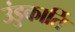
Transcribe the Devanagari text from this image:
उंडुकार्ति